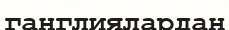
ганглиялардан